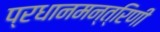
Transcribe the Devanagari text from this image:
प्रधानमन्त्रिणी